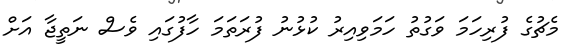
މެޗުގެ ފުރިހަމަ ވަގުތު ހަމަވިއިރު ކުޅުނު ފުރަތަމަ ހާފުގައި ވެސް ނަތީޖާ އަށް